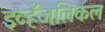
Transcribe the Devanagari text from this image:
इव्हँजलिकल